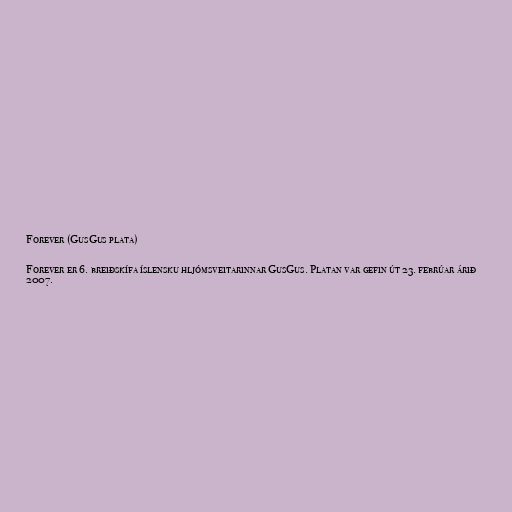
Forever (GusGus plata)

Forever er 6. breiðskífa íslensku hljómsveitarinnar GusGus. Platan var gefin út 23. febrúar árið
2007.